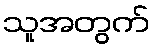
သူအတွက်